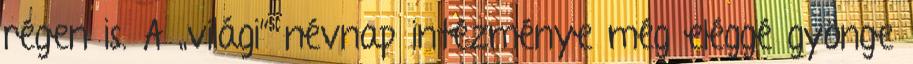
régen is. A „világi” névnap intézménye még eléggé gyönge